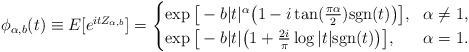
LaTeX: \begin{align*}\phi_{\alpha,b}(t) \equiv E[ e^{itZ_{\alpha, b}}] = \begin{cases}\exp\big[ -b|t|^{\alpha} \big(1 - i \tan(\frac{\pi \alpha}{2}) \mathrm{sgn}(t) \big) \big], ~~\alpha \not= 1,\\\exp\big[ -b|t| \big(1 + \frac{2i}{\pi} \log|t| \mathrm{sgn}(t) \big) \big], ~~~~~\alpha = 1.\end{cases}\end{align*}